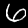
Digit: 6